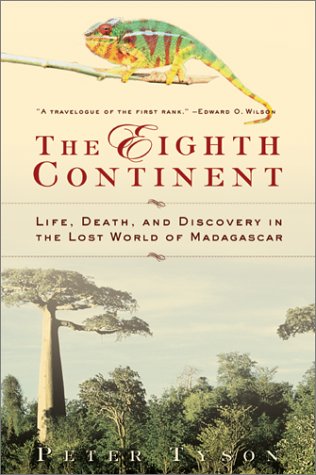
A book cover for The Eighth Continent:: Life, Death, and Discovery in the Lost World of Madagascar; Peter Tyson; Travel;